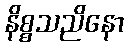
နိစ္စသညိနော